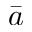
\bar { a }